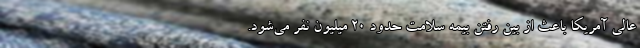
عالی آمریکا باعث از بین رفتن بیمه سلامت حدود 20 میلیون نفر می‌شود.